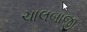
ચાલબાજી